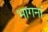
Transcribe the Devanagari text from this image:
भागनां